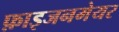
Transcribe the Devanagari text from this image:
फ़ाइजनमेयर